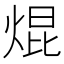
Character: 焜